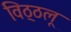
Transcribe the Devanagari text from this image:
विठ्ठलू